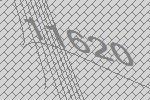
11620